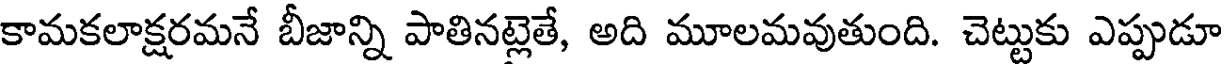
కామకలాక్షరమనే బీజాన్ని పాతినట్లెతే, అది మూలమవుతుంది. చెట్టుకు ఎప్పుడూ